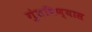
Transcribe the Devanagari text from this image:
गुंतविण्यास